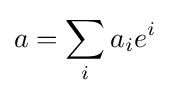
a=\sum _{i}a_{i}e^{i}\